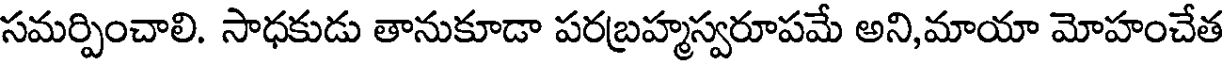
సమర్పించాలి. సాధకుడు తానుకూడా పరబ్రహ్మస్వరూపమే అని,మాయా మోహంచేత